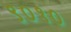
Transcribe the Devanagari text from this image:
९०१०